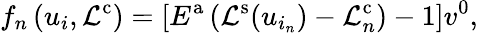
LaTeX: f_{n}\left(u_{i},\mathcal{L}^{\mathrm{{c}}}\right)=\left[E^{\mathrm{{a}}}\left(\mathcal{L}^{\mathrm{{s}}}(u_{i_{n}})-\mathcal{L}_{n}^{\mathrm{{c}}}\right)-1\right]v^{\mathrm{{0}}},